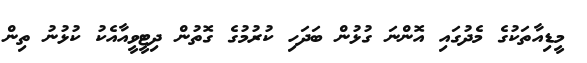
މީޑިއާތަކުގެ މެދުގައި އޮންނަ ގުޅުން ބަދަހި ކުރުމުގެ ގޮތުން ދިޓީވީއާއެކު ކުޅުނު ތިން